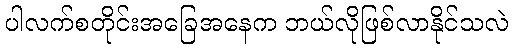
ပါလက်စတိုင်းအခြေအနေက ဘယ်လိုဖြစ်လာနိုင်သလဲ